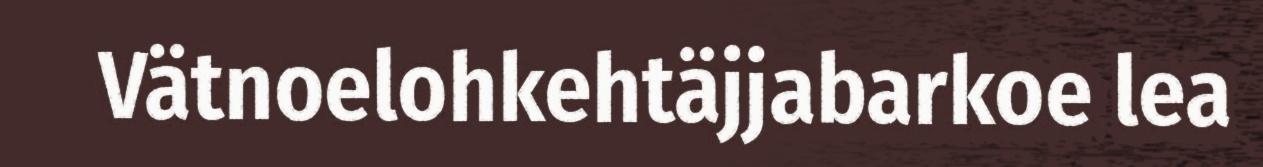
Vätnoelohkehtäjjabarkoe lea